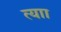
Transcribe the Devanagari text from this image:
त्याा